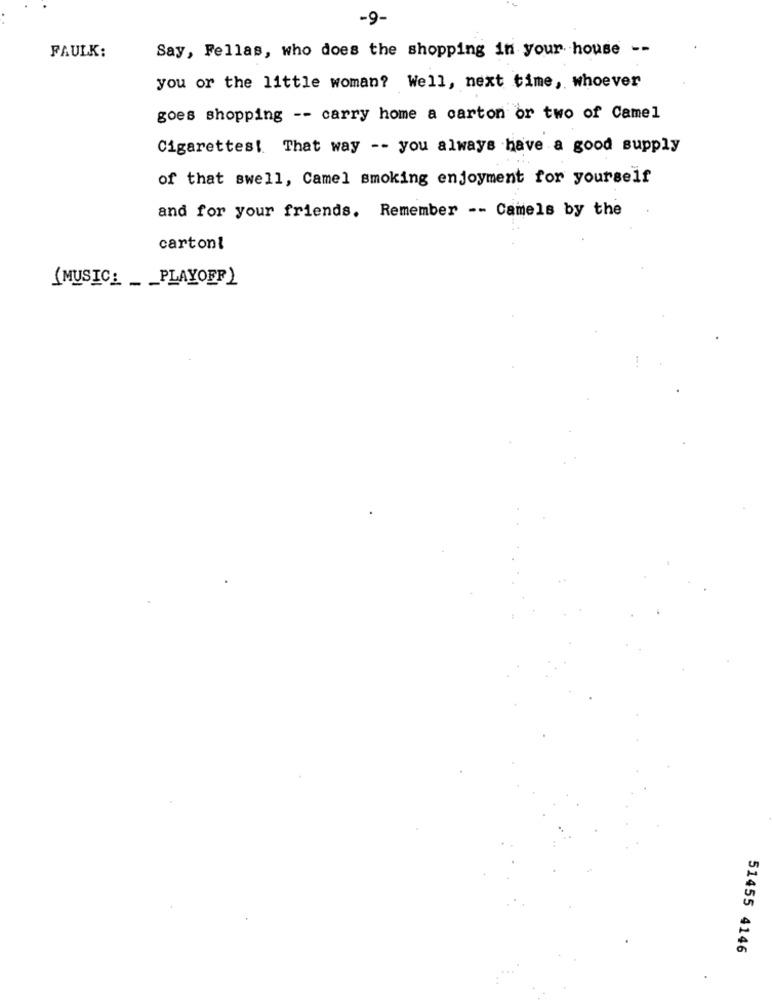
-9.
FAULK:
Say, Fellas, who does the shopping in your house --
you or the little woman? Well, next time, whoever
goes shopping -- carry home a carton or two of Camel
Cigarettes! That way -- you always have a good supply
of that swell, Camel smoking enjoyment for yourself
and for your friends. Remember -- Camels by the
cartoni
(MUSIC_ ___ PLAYOFF )
51455 4146